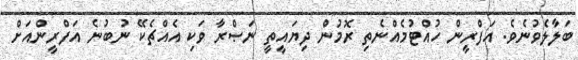
ބަލާލެވުނެވެ. އަފްރީން ހުއްޓުމެއްނެތި ރޮމުން ދިޔައީތީ ނަޞްރާ ވަކި އެއްޗެކޭ ނުބުނެ އަފްރީންއަށް